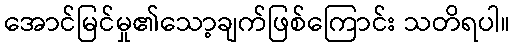
အောင်မြင်မှု၏သော့ချက်ဖြစ်ကြောင်း သတိရပါ။